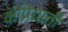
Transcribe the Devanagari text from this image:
कॅप्रियाती